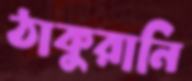
ঠাকুরানি